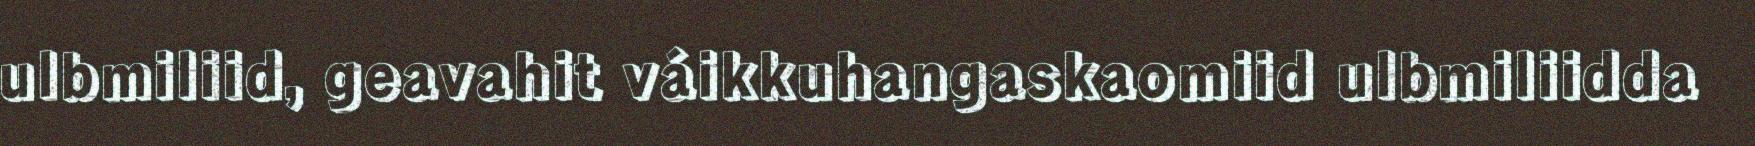
ulbmiliid, geavahit váikkuhangaskaomiid ulbmiliidda